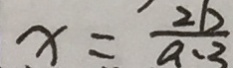
x = \frac { 2 b } { a - 3 }